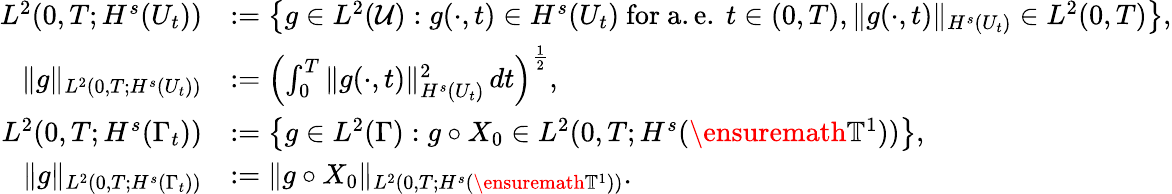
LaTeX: \begin{array}{rl}{L^{2}(0,T;H^{s}(U_{t}))}&{:=\left\{ g\in L^{2}(\mathcal{U}):g(\cdot,t)\in H^{s}(U_{t})\mathrm{~for~a.e.\ }t\in(0,T),\| g(\cdot,t)\| _{H^{s}(U_{t})}\in L^{2}(0,T)\right\} ,}\\ {\| g\| _{L^{2}(0,T;H^{s}(U_{t}))}}&{:=\left(\int_{0}^{T}\| g(\cdot,t)\| _{H^{s}(U_{t})}^{2}\, dt\right)^{\frac 12},}\\ {L^{2}(0,T;H^{s}(\Gamma_{t}))}&{:=\left\{ g\in L^{2}(\Gamma):g\circ X_{0}\in L^{2}(0,T;H^{s}(\ensuremath{\mathbb{T}}^{1}))\right\} ,}\\ {\| g\| _{L^{2}(0,T;H^{s}(\Gamma_{t}))}}&{:=\| g\circ X_{0}\| _{L^{2}(0,T;H^{s}(\ensuremath{\mathbb{T}}^{1}))}.}\end{array}